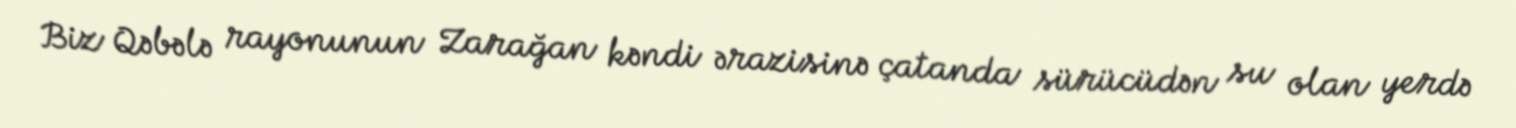
Biz Qəbələ rayonunun Zarağan kəndi ərazisinə çatanda sürücüdən su olan yerdə